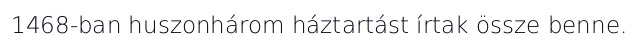
1468-ban huszonhárom háztartást írtak össze benne.